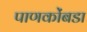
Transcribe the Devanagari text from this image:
पाणकोंबडा